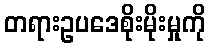
တရားဥပဒေစိုးမိုးမှုကို